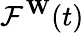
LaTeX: {\mathcal{F}}^{\mathbf{W}}(t)